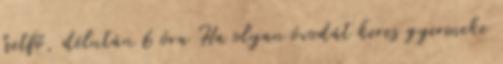
hetfő, délután 6 óra Ha olyan óvodát keres gyermeke